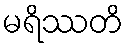
မရိဿတိ